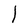
Character: l